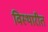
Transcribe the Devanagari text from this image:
विस्थारीत